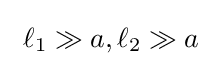
\ \ell _{1}\gg a,\ell _{2}\gg a\